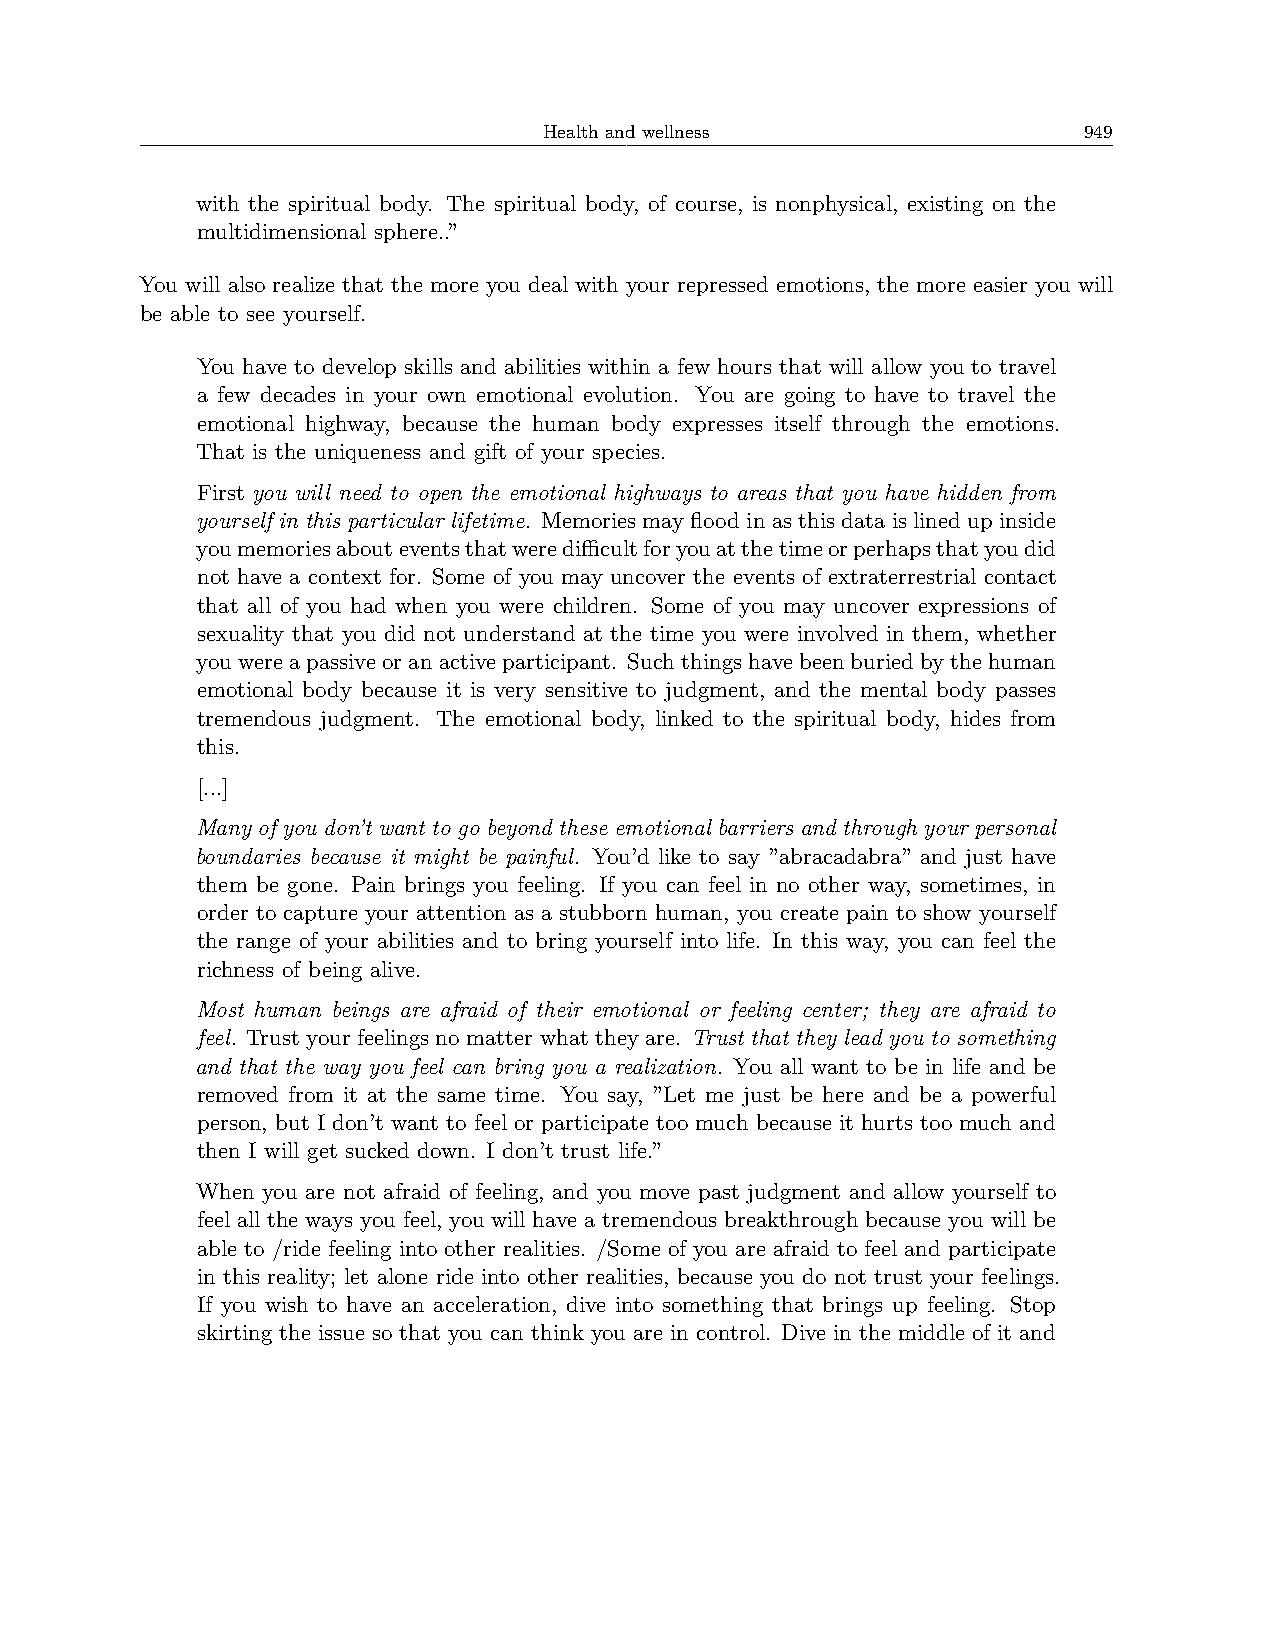
Health and wellness                 949
 with the spiritual body. The spiritual body, of course, is nonphysical, existing on the
 multidimensional sphere..”
 You will also realize that the more you deal with your repressed emotions, the more easier you will
 be able to see yourself.
 You have to develop skills and abilities within a few hours that will allow you to travel
 a few decades in your own emotional evolution. You are going to have to travel the
 emotional highway, because the human body expresses itself through the emotions.
 That is the uniqueness and gift of your species.
 First you will need to open the emotional highways to areas that you have hidden from
 yourself in this particular lifetime. Memories may flood in as this data is lined up inside
 youmemoriesabouteventsthatwerediﬀicultforyouatthetimeorperhapsthatyoudid
 not have a context for. Some of you may uncover the events of extraterrestrial contact
 that all of you had when you were children. Some of you may uncover expressions of
 sexuality that you did not understand at the time you were involved in them, whether
 youwereapassiveoranactiveparticipant. Suchthingshavebeenburiedbythehuman
 emotional body because it is very sensitive to judgment, and the mental body passes
 tremendous judgment. The emotional body, linked to the spiritual body, hides from
 this.
 [...]
 Many of you don’t want to go beyond these emotional barriers and through your personal
 boundaries because it might be painful. You’d like to say ”abracadabra” and just have
 them be gone. Pain brings you feeling. If you can feel in no other way, sometimes, in
 order to capture your attention as a stubborn human, you create pain to show yourself
 the range of your abilities and to bring yourself into life. In this way, you can feel the
 richness of being alive.
 Most human beings are afraid of their emotional or feeling center; they are afraid to
 feel. Trust your feelings no matter what they are. Trust that they lead you to something
 and that the way you feel can bring you a realization. You all want to be in life and be
 removed from it at the same time. You say, ”Let me just be here and be a powerful
 person, but I don’t want to feel or participate too much because it hurts too much and
 then I will get sucked down. I don’t trust life.”
 When you are not afraid of feeling, and you move past judgment and allow yourself to
 feel all the ways you feel, you will have a tremendous breakthrough because you will be
 able to /ride feeling into other realities. /Some of you are afraid to feel and participate
 in this reality; let alone ride into other realities, because you do not trust your feelings.
 If you wish to have an acceleration, dive into something that brings up feeling. Stop
 skirting the issue so that you can think you are in control. Dive in the middle of it and